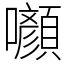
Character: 㘖